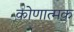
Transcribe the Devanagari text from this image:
कोणात्मक